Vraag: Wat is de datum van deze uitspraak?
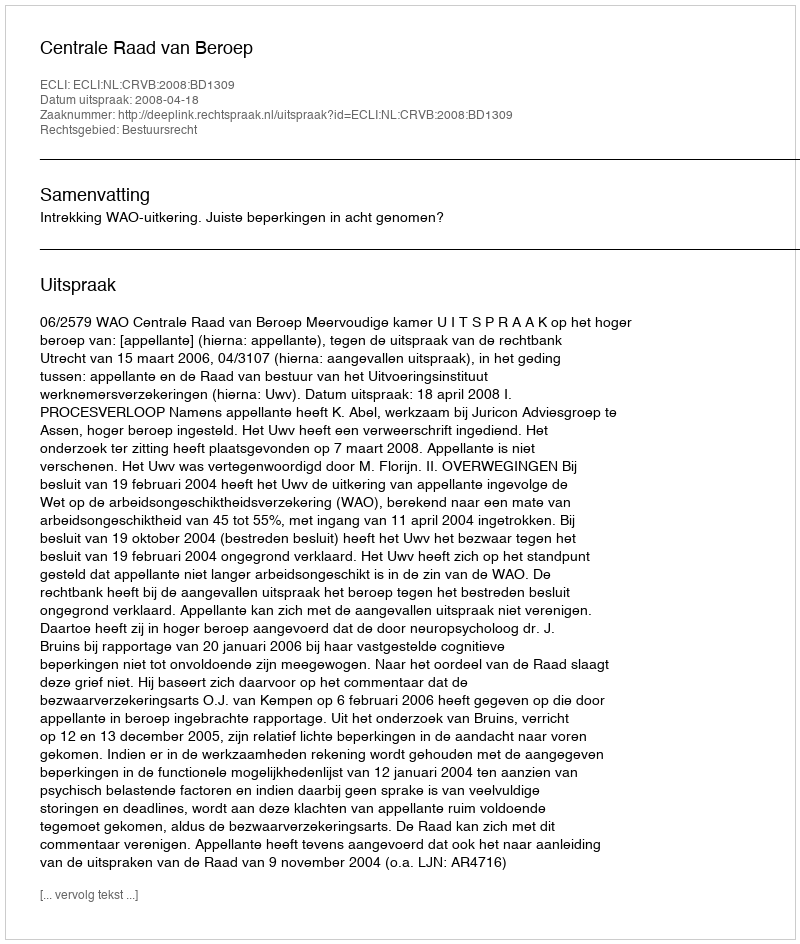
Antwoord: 2008-04-18